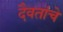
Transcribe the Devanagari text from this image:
दैवतांचे